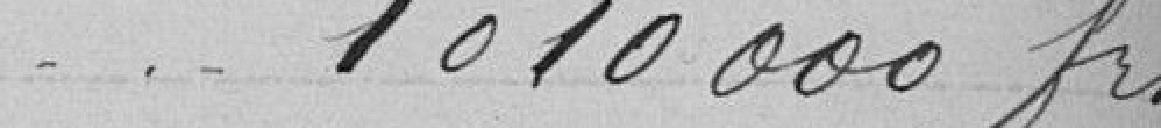
1010000 francs